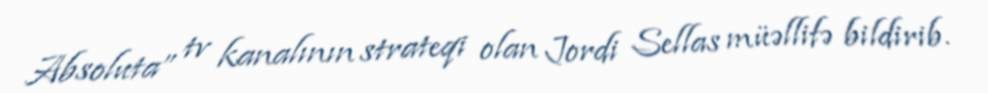
Absoluta” tv kanalının strateqi olan Jordi Sellas müəllifə bildirib.